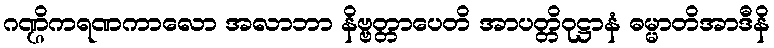
ဂဏ္ဌိကရဏကာလော အလာဘာ နိဗ္ဗတ္တာပေတိ အာပတ္တိဝုဋ္ဌာနံ ဓမ္မာတိအာဒီနိ